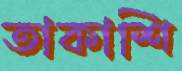
তাকাশি